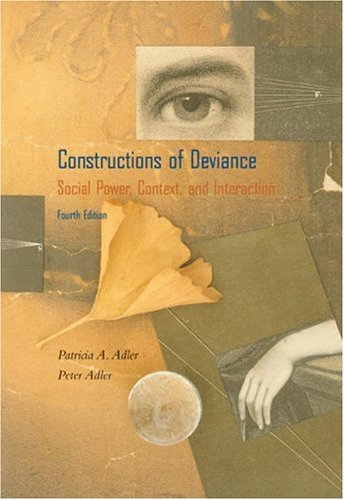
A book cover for Constructions of Deviance: Social Power, Context, and Interaction (with InfoTrac); Patricia A. Adler; Sports & Outdoors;